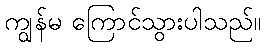
ကျွန်မ ကြောင်သွားပါသည်။